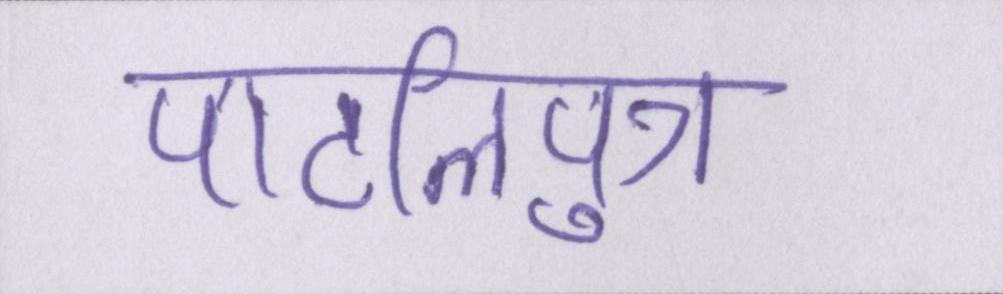
पाटलिपुत्र